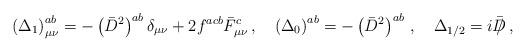
LaTeX: \begin{align*} \left(\Delta_1\right)^{ab}_{\mu\nu}=-\left(\bar{D}^2\right)^{ab}\delta_{\mu\nu} +2f^{acb}\bar{F}^c_{\mu\nu}\,,\quad \left(\Delta_0\right)^{ab}=-\left(\bar{D}^2\right)^{ab}\,,\quad \Delta_{1/2}=i\bar{\,/\hspace{-0.29cm}D}\,,\end{align*}